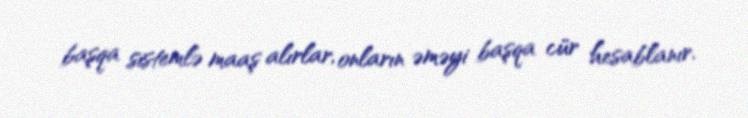
başqa sistemlə maaş alırlar, onların əməyi başqa cür hesablanır.